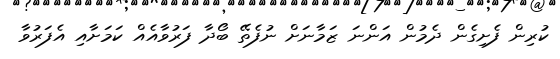
ކުރިން ފެށިގެން ދެމުން އަންނަ ޒަމާނަށް ނުފެތޭ ބޯދާ ފަރުވާއެއް ކަމަށާއި އެފަރުވާ